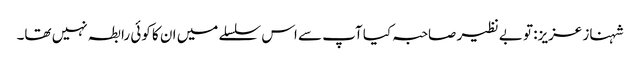
شہناز عزیز: تو بے نظیر صاحبہ کیا آپ سے اس سلسلے میں ان کا کوئی رابطہ نہیں تھا۔